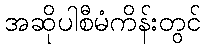
အဆိုပါစီမံကိန်းတွင်